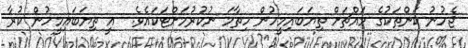
ޖެހުނު ކަންތަކުގެ މައްޗަށް ތިޔަބައިމީހުން ހިތާމަ ނުކުރުމަށްޓަކައެވެ.  އީ ތިޔަބައިމީހުން ކުރާ